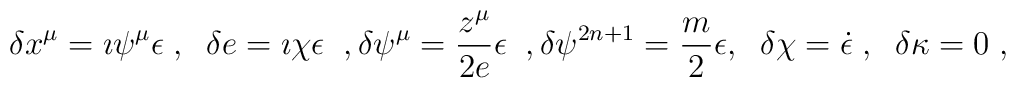
\delta x^\mu=\imath\psi^\mu \epsilon\;,\;\;\delta e=\imath\chi\epsilon\;\;,\delta\psi^\mu=\frac{z^\mu}{2e}\epsilon\;\;,\delta\psi^{2n+1}=\frac{m}{2}\epsilon,\;\;\delta\chi=\dot\epsilon\;,\;\;\delta\kappa=0\;,